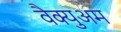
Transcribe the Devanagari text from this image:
वैक्युअम